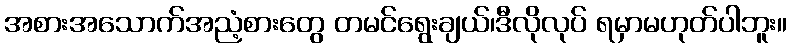
အစားအသောက်အညံ့စားတွေ တမင်ရွေးချယ်၊ဒီလိုလုပ် ရမှာမဟုတ်ပါဘူး။